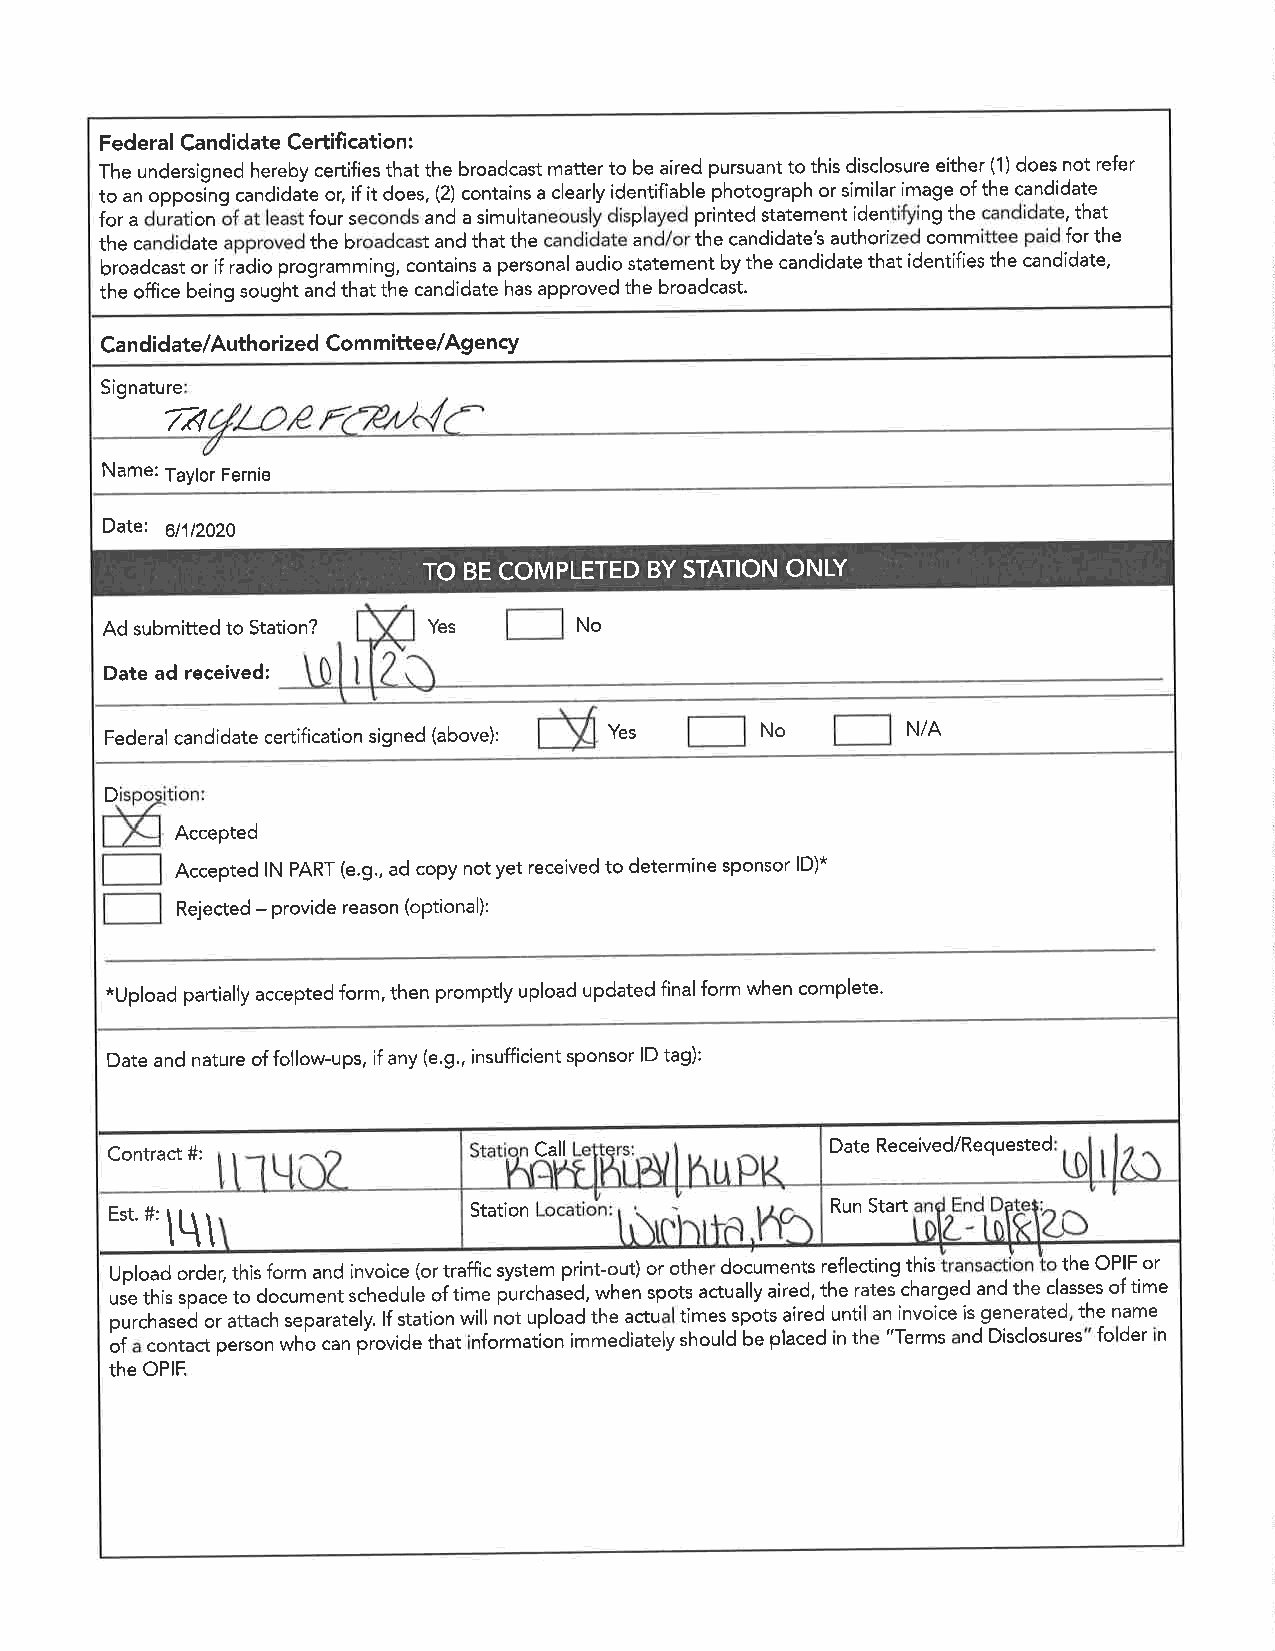
Federal Candidate Certifi cation:
 The undersigned hereby certifies that the broadcast matter to be aired pursuant to this disclosure either (1) does not refer
 to un opporing candidaie or; if it does, (2) contains a clearly identifiable photograph or similar image of the candidate
 for a dúration óf .t least four seconds and a simultaneously displayed printed statement identifying the candidate, that
 the candidate approved the broadcast and that the candidate and/or the candidate's authorized committee paid for the
 broadcast or ¡f ådio programming, contains a personal audio statement by the candidate that identifies the candidate,
 the office being sought and that the candidate has approved the broadcast.
 Candidate/Authorized Committee/Agency
 Signature
 ß
 Name: Taylor Fernie
 Date:
 d1t2O2O
 TO BE COMPLETED BY STATION ONLY
 Ad submitted to Station? Yes   No
 Date ad received:
 Federal candidate certification signed (above): Yes No N/A
 D
 Accepted
 Accepted lN PART (e.g., ad copy not yet received to determine sponsor lD)*
 Rejected - provide reason (optional):
 *Upload partially accepted form, then promptly upload updated final form when complete.
 Date and nature of follow-ups, if any (e.g., insufficient sponsor lD tag):
 Contract #:                 Call                Date Received/Requested
 t'..n'l\\
 Station                 Run Start
 Upload order,thtsform and tnvotce (ortrafficsystem pnnt-out) orothe documents reflectinI this the o PIFor
 use thts space to documentschedule oftime Purchased,when spots actuallvaired, the rates charged and the classes oftime
 purchased or attach separately. rfstationwill not uploadthe actu times spotsalred unti an tnvorce tsgenerated the name
 of contact person whocan providethat nformation immediately shoutd beplaced lnrh "Terms nd Disclosures foder n
 the OPIE